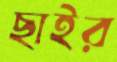
ছাইর